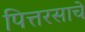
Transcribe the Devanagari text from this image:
पित्तरसाचे